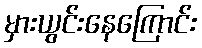
မှားယွင်းနေကြောင်း